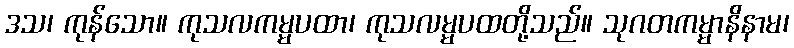
ဒသ၊ ကုန်သော။ ကုသလကမ္မပထာ၊ ကုသလမ္မပထတို့သည်။ သုဂတကမ္မာနိနာမ၊